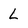
Character: l